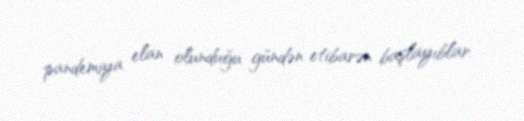
pandemiya elan olunduğu gündən etibarən başlayıblar.